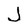
Character: J